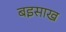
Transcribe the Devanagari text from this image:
बइसाख